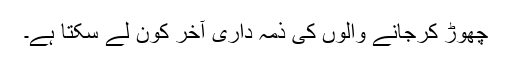
چھوڑ کرجانے والوں کی ذمہ داری آخر کون لے سکتا ہے۔